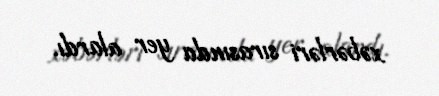
xəbərləri sırasında yer alardı.